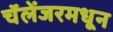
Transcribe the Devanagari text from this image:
चॅलेंजरमधून